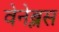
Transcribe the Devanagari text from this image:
वेनेब्लस